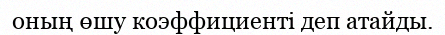
оның өшу коэффициенті деп атайды.